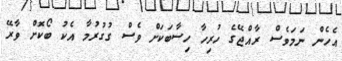
އެހެން ނަމަވެސް ރާއްޖޭގެ ހުރިހާ ހިސާބަކަށް ވެސް ގުގުރުމާ އެކު ބޯކޮށް ވާރޭ